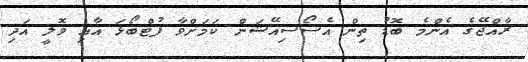
ރާއްޖޭގެ އެންމެ ބޮޑު ތިން އެސޯސިއޭޝަން ކަމަށްވާ ފުޓްބޯޅަ އާއި ވޮލީ އަދި